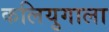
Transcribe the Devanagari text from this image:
कलियुगाला